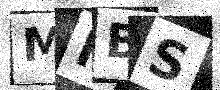
Text: MNBS